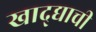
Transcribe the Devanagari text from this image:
खाद्द्याची